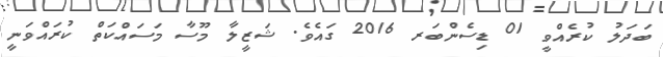
ބަދަލު ކުރެއްވީ 01 ޑިސެންބަރ 2016 ގައެވެ. ޝަޒީލާ މޫސާ މަސައްކަތް ކުރައްވަނީ